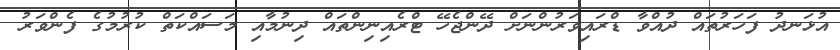
އުޅަނދު ފަހަރުތައް ދުއްވާ ޑްރައިވަރުންނަށް ދޭންޖެހޭ ޓްރެއިނިންތައް ދިނުމާއި މަސައްކަތް ކުރުމުގެ ފެންވަރު